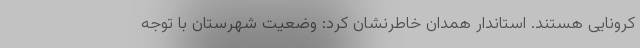
کرونایی هستند. استاندار همدان خاطرنشان کرد: وضعیت شهرستان‌ با توجه